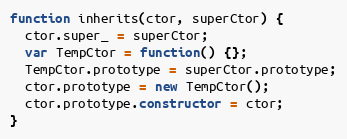
Language: JavaScript
function inherits(ctor, superCtor) {
  ctor.super_ = superCtor;
  var TempCtor = function() {};
  TempCtor.prototype = superCtor.prototype;
  ctor.prototype = new TempCtor();
  ctor.prototype.constructor = ctor;
}